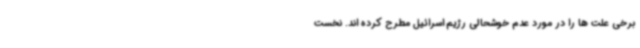
برخی علت ها را در مورد عدم خوشحالی رژیم اسرائیل مطرح کرده اند. نخست